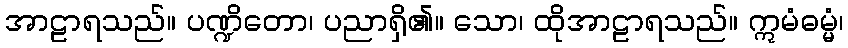
အာဠာရသည်။ ပဏ္ဍိတော၊ ပညာရှိ၏။ သော၊ ထိုအာဠာရသည်။ ဣမံဓမ္မံ၊